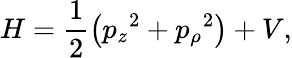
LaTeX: H=\frac{1}{2}\left({p_{z}}^{2}+{p_{\rho}}^{2}\right)+V,